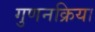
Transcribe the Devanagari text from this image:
गुणनक्रिया